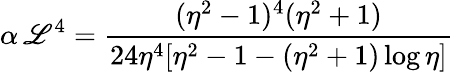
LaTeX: \alpha\, \mathscr{L}^{4}=\frac{{(\eta^{2}-1)^{4}(\eta^{2}+1)}}{{24\eta^{4}[\eta^{2}-1-(\eta^{2}+1)\log{\eta}]}}